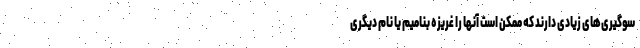
سوگیری‌های زیادی دارند که ممکن است آنها را غریزه بنامیم یا نام دیگری